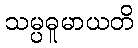
သမ္ပဓူမာယတိ